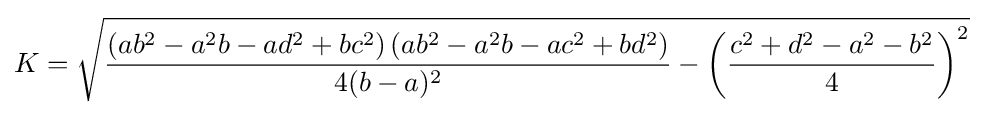
K={\sqrt {{\frac {\left(ab^{2}-a^{2}b-ad^{2}+bc^{2}\right)\left(ab^{2}-a^{2}b-ac^{2}+bd^{2}\right)}{4(b-a)^{2}}}-\left({\frac {c^{2}+d^{2}-a^{2}-b^{2}}{4}}\right)^{2}}}